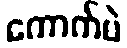
ကောက်ပဲ